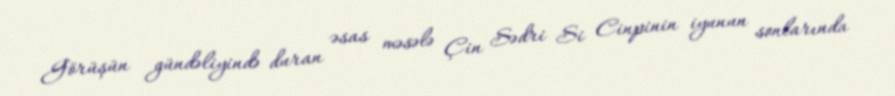
Görüşün gündəliyində duran əsas məsələ Çin Sədri Si Cinpinin iyunun sonlarında